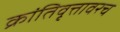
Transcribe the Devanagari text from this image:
क्रांतिवृत्तावरच